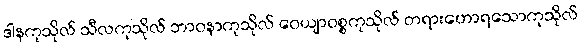
ဒါနကုသိုလ် သီလကုသိုလ် ဘာဝနာကုသိုလ် ဝေယျာဝစ္စကုသိုလ် တရားဟောရသောကုသိုလ်